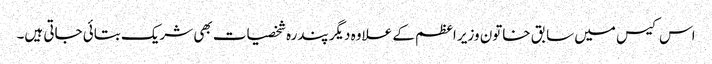
اس کیس میں سابق خاتون وزیر اعظم کے علاوہ دیگر پندرہ شخصیات بھی شریک بتائی جاتی ہیں۔